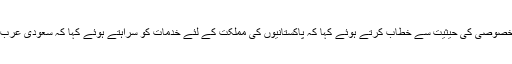
سابق سعودی سفارتکار علی الغامدی نے مہمان خصوصی کی حیثیت سے خطاب کرتے ہوئے کہا کہ پاکستانیوں کی مملکت کے لئے خدمات کو سراہتے ہوئے کہا کہ سعودی عرب کا مثالی ترقی میں اہل پاکستان کا اہم کردار ہے۔